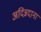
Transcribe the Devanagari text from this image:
अदिन्नदाना